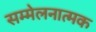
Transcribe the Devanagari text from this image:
सम्मेलनात्मक